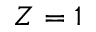
Z = 1